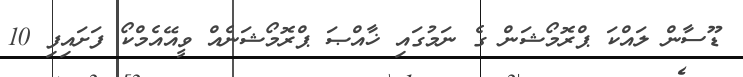
ޑޫސާން ލައްކަ ޕްރޮމޯޝަން ގެ ނަމުގައި ޚާއްޞަ ޕްރޮމޯޝަނެއް ވީއޭއެމްކޯ ފަށައިފި 10